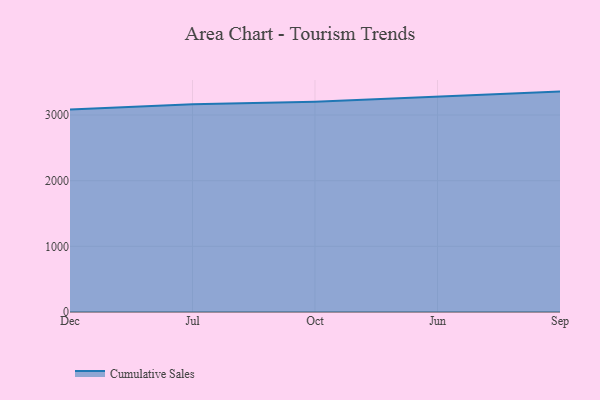
{"axis": {"x": "Month", "y": "Revenue (USD Million)"}, "legend": ["Cumulative Sales"], "data": [{"x": "Dec", "y": 3083.7, "type": "Cumulative Sales"}, {"x": "Jul", "y": 3165.8, "type": "Cumulative Sales"}, {"x": "Oct", "y": 3202.1, "type": "Cumulative Sales"}, {"x": "Jun", "y": 3284.1, "type": "Cumulative Sales"}, {"x": "Sep", "y": 3356.8, "type": "Cumulative Sales"}]}